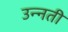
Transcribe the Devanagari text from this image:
उन्‍नती